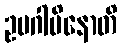
ဥပဂါမိနောတိ